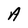
Character: A